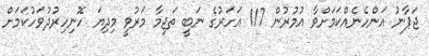
ޖަޕާނު އަންހެނެއްކަމަށްވާ އުމުރުން 117 އަހަރުގެ ނަބީ ތަޖިމާ މަރުވީ މިދިޔަ ހޮނިހިރުދުވަހުކަމަށް